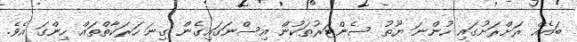
ބައެއް ރަށްރަށުގައި ހުންނަ ޔޫތު ސެންޓަރުތަކުން އިސްނަގައިގެން ގިނަ ހަރަކާތްތައް ހިންގަ އެވެ.